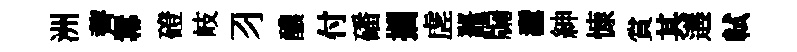
洲薺羃磴岐习醲付磻攜虗鼉牖纛紳慷賞其遘軾